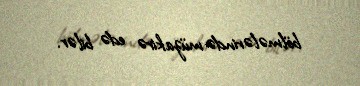
bölmələrində müzakirə edə bilər.